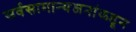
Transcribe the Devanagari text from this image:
सर्वसामान्यजनांकडून